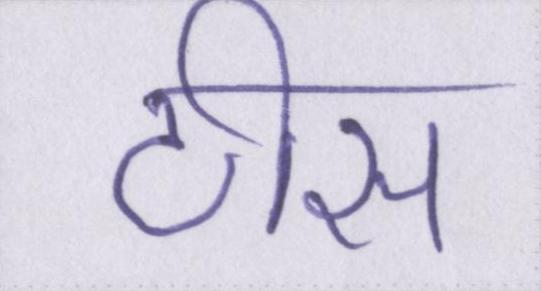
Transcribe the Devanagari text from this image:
टीस